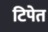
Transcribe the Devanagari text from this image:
टिपेत